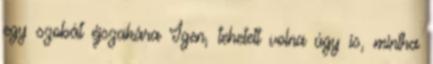
egy szobát éjszakára Igen, tehetett volna úgy is, mintha